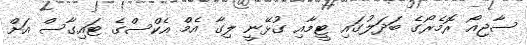
ސާޖިއޯ ރޮމެރޯގެ ބަދަލުގައި ޓީމާއި ގުޅޭނީ ލިގާ އެމް އެކްސްގެ ޓައިގާސް އަށް